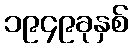
၁၉၄၉ခုနှစ်